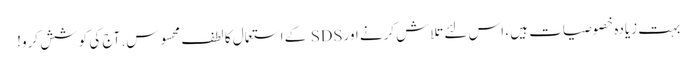
بہت زیادہ خصوصیات ہیں ، اس لئے تلاش کرنے اور SDS کے استعمال کا لطف محسوس. آج کی کوشش کرو!